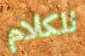
للكلام